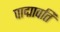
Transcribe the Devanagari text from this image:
पाद्मावति